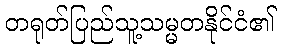
တရုတ်ပြည်သူ့သမ္မတနိုင်ငံ၏